Vaccination United Provinces of Agra and Oudh 1923-1928 - 1923-1928
Year: 1923
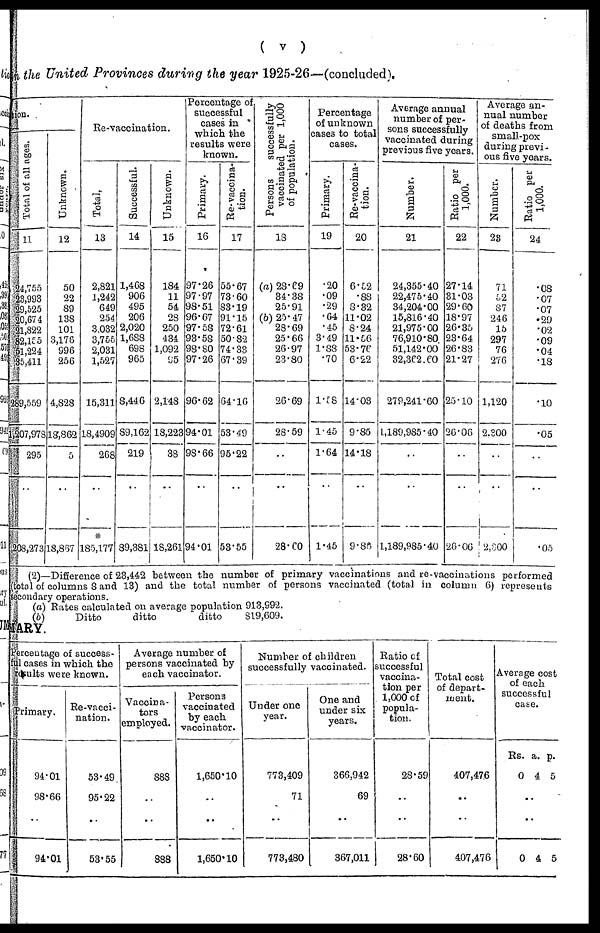
( v )
in the United Provinces during the year 1925-26—(concluded).
tion.
Total of all ages.
11
24,755
23,993
29,525
20,674
21,822
82,155
51,224
35,411
289,559
1,207,978
295
..
203,273
Unknown.
12
50
22
89
138
101
3,176
996
256
4,828
18,862
5
..
18,867
Re-vaccination.
Total.
13
2,821
1,242
649
254
3,032
3,755
2,031
1,527
15,311
18,4909
268
..
*
185,177
Successful.
14
1,468
906
495
206
2,020
1,688
698
965
8,446
89,162
219
..
89,381
Unknown.
15
184
11
54
28
250
434
1,092
95
2,148
18,223
38
..
18,261
Percentage of
successful
cases in
which the
results were
known.
Primary.
16
97.26
97.97
98.51
96.67
97.58
93.58
98.80
97.26
96.62
94.01
98.66
..
94.01
Re-vaccina-
tion.
17
55.67
73.60
83.19
91.15
72.61
50.82
74.33
67.39
64.16
53.49
95.22
..
53.55
Persons
successfully
vaccinated per 1,000
of population.
18
(a)28.69
34.38
25.91
(b)25.47
28.69
25.66
26.97
23.80
26.69
28.59
..
..
28.60
Percentage
of unknown
cases to total
cases.
Primary.
19
.20
.09
.29
.64
.45
3.49
1.88
.70
1.58
1.45
1.64
..
1.45
Re-vaccina-
tion.
20
6.52
.88
8.32
11.02
8.24
11.56
53.76
6.22
14.03
9.85
14.18
..
9.86
Average annual
number of per-
sons successfully
vaccinated during
previous five years.
Number.
21
24,355.40
22,475.40
34,204.00
15,816.40
21,975.00
76,910.80
51,142.00
32.362.60
279,241.60
1,189,985.40
..
..
1,189,985.40
Ratio per
1,000.
22
27.14
31.03
29.60
18.97
26.35
23.64
26.83
21.27
25.10
26.06
..
..
26.06
Average an-
nual number
of deaths from
small-pox
during previ-
ous five years.
Number.
23
71
52
87
246
15
297
76
276
1,120
2,300
..
..
2,300
Ratio per
1,000.
24
.08
.07
.07
.29
.02
.09
.04
.18
.10
.05
..
..
.05
(2)—Difference of 23,442 between the number of primary vaccinations and re-vaccinations performed
(total of columns 8 and 13) and the total number of persons vaccinated (total in column 6) represents
secondary operations.
(a)
(b)
Bates calculated on average population
Ditto
ditto
ditto
913,992.
819,609.
MARY.
Percentage of success¬
ful cases in which the
results were known.
Primary.
94.01
98.66
..
94.01
Re-vacci-
nation.
53.49
95.22
..
53.55
Average number of
persons vaccinated by
each vaccinator.
Vaccina¬
tors
employed.
888
..
..
888
Persons
vaccinated
by each
vaccinator.
1,650.10
..
..
1,650.10
Number of children
successfully vaccinated.
Under one
year.
773,409
71
..
773,480
One and
under six
years.
366,942
69
..
367,011
Ratio of
successful
vaccina-
tion per
1,000 of
popula-
tion.
28.59
..
..
28.60
Total cost
of depart-
ment.
407,476
..
..
407,476
Average cost
of each
successful
case.
Rs.
0
a.
4
p.
5
..
..
0 4 5